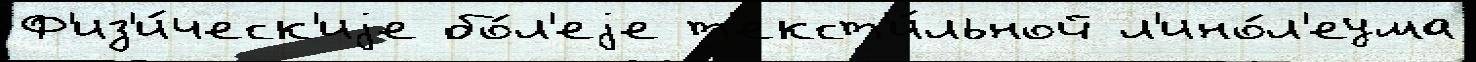
Ф'из'и́ческ'иjе бо́л'еjе т'екст'и́льной л'ино́л'еума